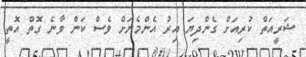
ޝަރީއަތް ކުރިއަށް ގެންދިޔަ އިރު އެންމެނަށް ވެސް ކަން ވާނެ ގޮތް އޮތީ